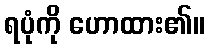
ရပုံကို ဟောထား၏။